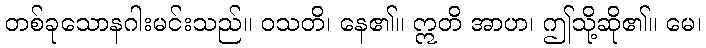
တစ်ခုသောနဂါးမင်းသည်။ ဝသတိ၊ နေ၏။ ဣတိ အာဟ၊ ဤသို့ဆို၏။ မေ၊